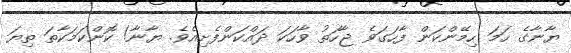
ޔާނާގެ ހަމަ ހިމޭންކަން ފާހަގަވެ ޖާހަތު ވާހަކަ ދައްކަންފެށިއެެވެ. ޔާނާ! ކޮންކަމަކާތަ ތިޔަ